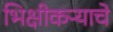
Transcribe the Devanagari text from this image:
भिक्षीकऱ्याचे